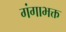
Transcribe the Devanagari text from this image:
गंगाभक्त